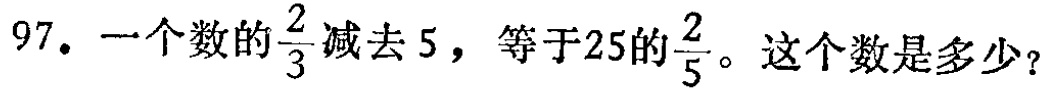
97. 一个数的$\frac{2}{3}$减去 5，等于25的$\frac{2}{5}$。这个数是多少？